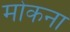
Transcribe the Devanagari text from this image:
मोकना